Annual administration report of the Bombay Presidency - 1887-1892
Year: 1887
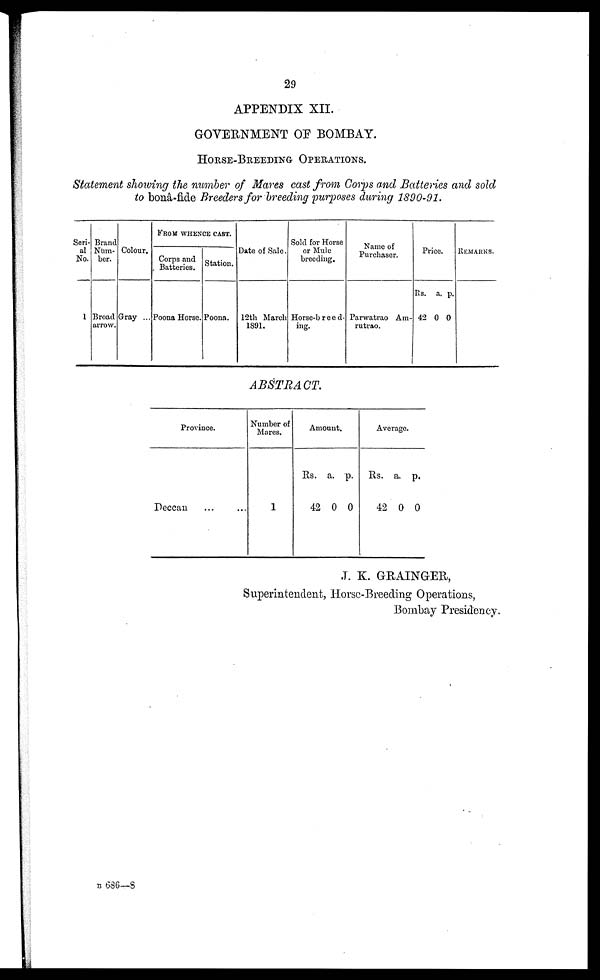
29
APPENDIX XII.
GOVERNMENT OF BOMBAY.
HORSE BREEDING OPERATIONS.
Statement showing the number of Mares cast from Corps and Batteries and sold
to bonâ-fide Breeders for breeding purposes during 1890-91.
Seri-
al
No.
1
Brand
Num-
ber.
Broad
arrow.
Colour.
Gray ...
FROM WHENCE CAST.
Corps and
Batteries.
Poona Horse.
Station.
Poona.
Date of Sale.
12th March
1S91.
Sold for Horse
or Mule
breeding.
Horse-breed-
nig.
Name of
Purchaser.
Parwatrao Am-
rutrao.
Price.
Rs
42
a.
0
p.
0
REMARKS.
ABSTRACT.
Province.
Deccan ... ...
Number of
Mares.
1
Amo
unt.
Rs.
42
a.
0
p.
0
Ave
rage.
Rs.
42
a.
0
p.
0
J. K. GRAINGER,
Superintendent, Horse-Breeding Operations,
Bombay Presidency.
B 6360—8